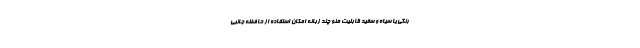
رنگی یا سیاه و سفید قابلیت منو چند زبانه امکان استفاده از حافظه‌ جانبی